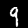
Label: 9